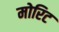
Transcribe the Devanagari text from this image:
मोरिट